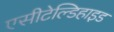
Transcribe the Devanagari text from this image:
एसीटेल्डिहाइड